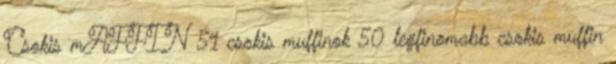
Csokis mAFFIN 51 csokis muffinok 50 legfinomabb csokis muffin